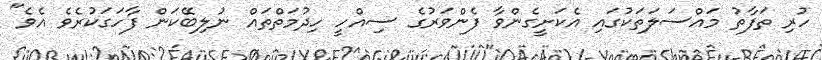
ހުރި ތަފާތު މައްސަލަތަކުގައި އެކަށީގެންވާ ފެންވަރުގެ ސިއްހީ ހިދުމަތްތައް ނުލިބޭކަން ފާހަގަކުރެވެ އެވެ"